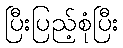
ပြီးပြည့်စုံပြီး